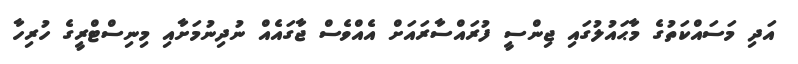
އަދި މަސައްކަތުގެ މާޙައުލުގައި ޖިންސީ ފުރައްސާރައަށް އެއްވެސް ޖާގައެއް ނުދިނުމަށާއި މިިނިސްޓްރީގެ ހުރިހާ